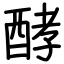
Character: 酵